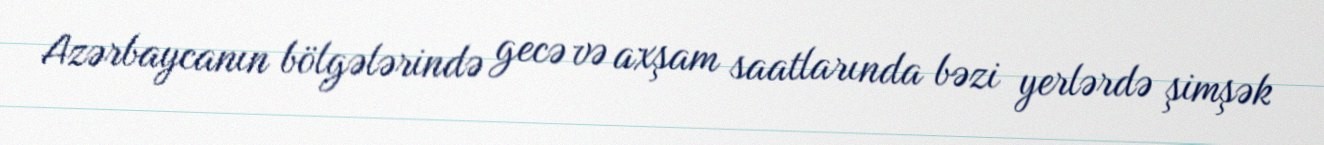
Azərbaycanın bölgələrində gecə və axşam saatlarında bəzi yerlərdə şimşək